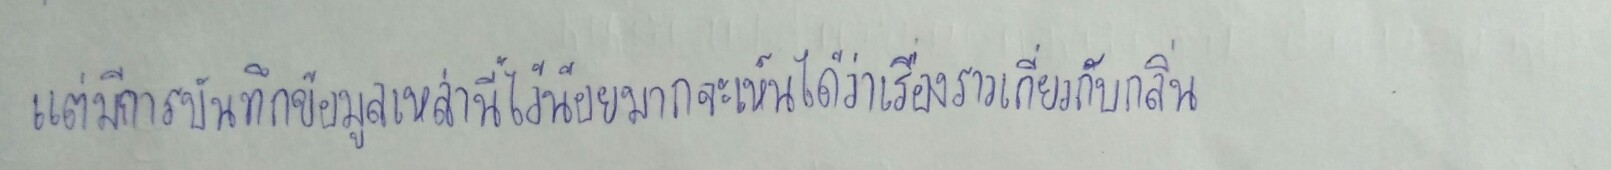
แต่มีการบันทึกข้อมูลเหล่านี้ไว้น้อยมากจะเห็นได้ว่าเรื่องราวเกี่ยวกับกลิ่น